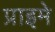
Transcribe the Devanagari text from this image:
प्राइमे